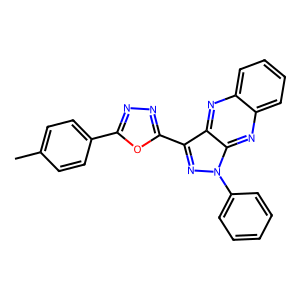
SMILES: Cc1ccc(-c2nnc(-c3nn(-c4ccccc4)c4nc5ccccc5nc34)o2)cc1
Inhibits HIV replication: No